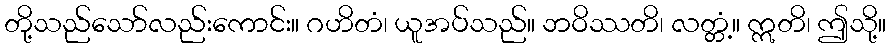
တို့သည်သော်လည်းကောင်း။ ဂဟိတံ၊ ယူအပ်သည်။ ဘဝိဿတိ၊ လတ္တံ့။ ဣတိ၊ ဤသို့။